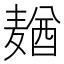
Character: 𱋢